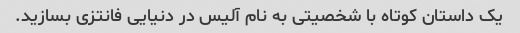
یک داستان کوتاه با شخصیتی به نام آلیس در دنیایی فانتزی بسازید.